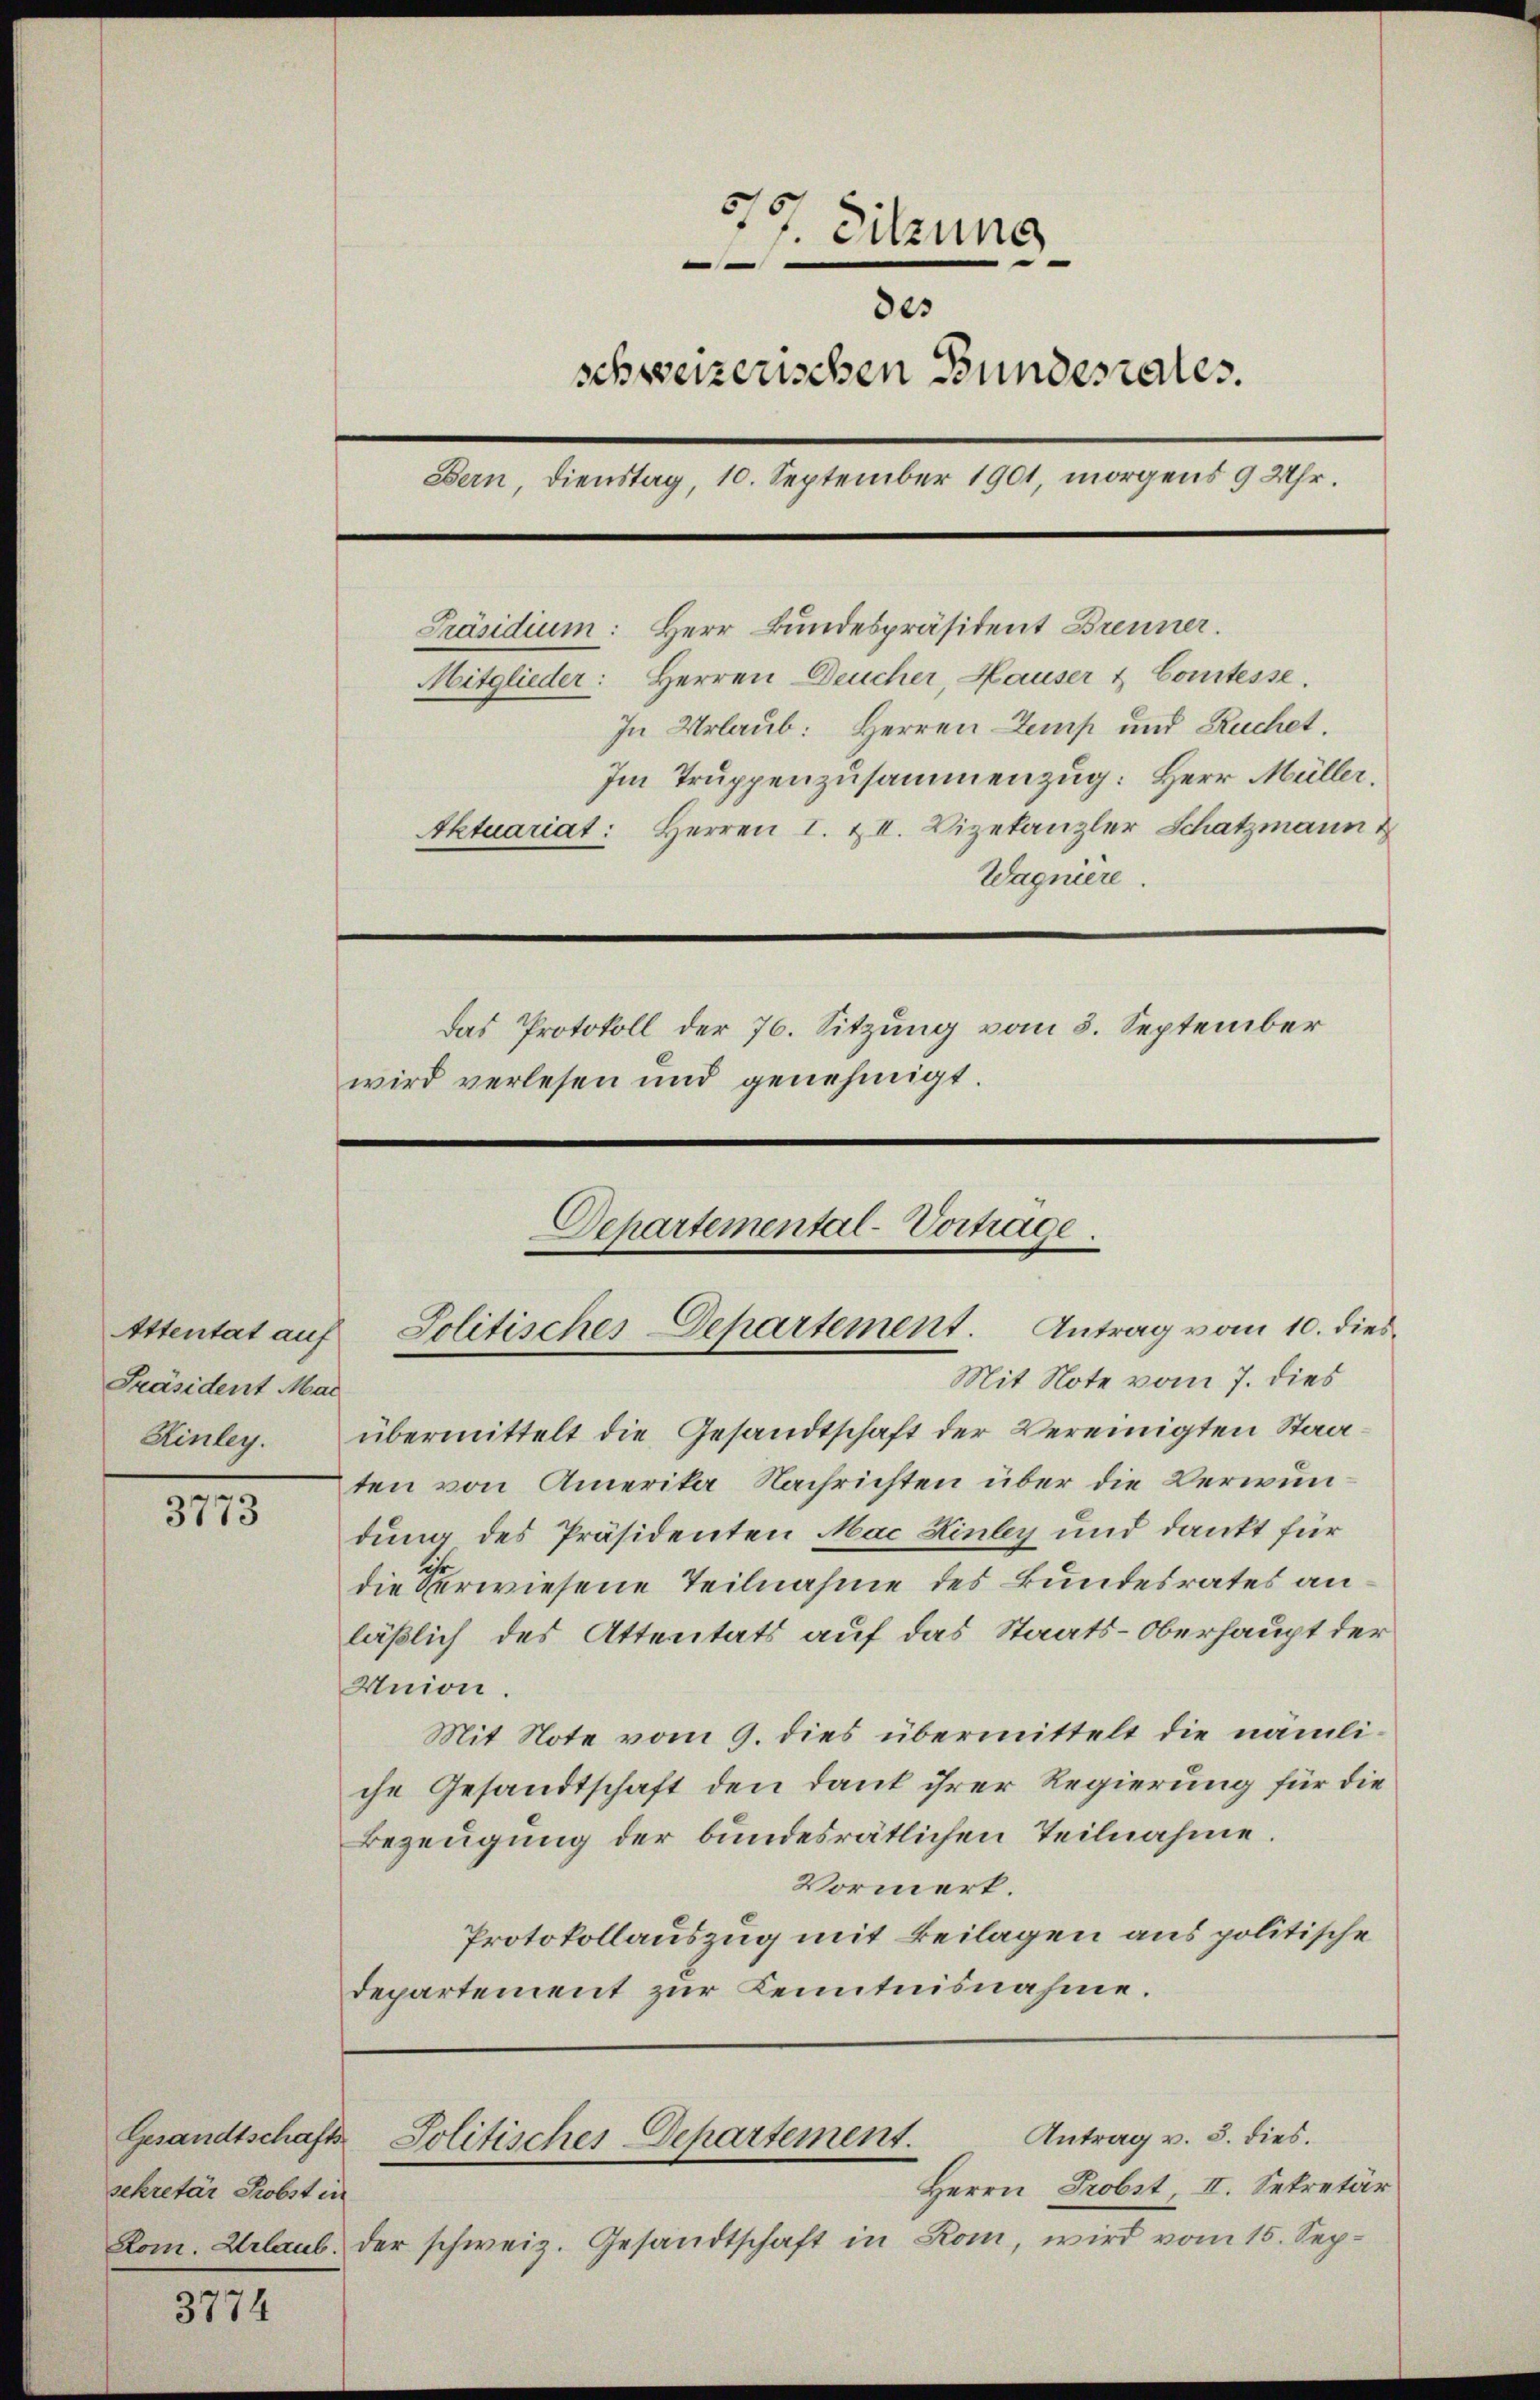
Attentat auf
Präsident Mar
Hinley.

3773

Gesandtschafts
sekretär Probst in
Rom. Urlaub.

3774

77. Sitzung
.
des
schweizerischen Bundesrates.
Bern, Dienstag, 10. September 1901, morgens 9 Uhr.
Präsidium: Herr Bundespräsident Brenner.
Mitglieder: Herren Deucher, Hauser & Comtesse.
In Urlaub: Herren Zemp und Ruchet.
Im Truppenzusammenzug: Herr Müller.
Aktuariat: Herren I. & II. Vizekanzler Schatzmann
Wagniere.
Das Protokoll der 76. Sitzung vom 5. September
wird verlesen und genehmigt.
Departemental-Vortrage.

übermittelt die Gesandtschaft der Vereinigten Staaten von Amerika Nachrichten über die Verwundung des Präsidenten Mac Hinbey und dankt für
die Verwiesene Teilnahme des Bundesrates anläßlich des Attentats auf das Staats-Oberhaupt der
Union.
Mit Note vom 9. dies übermittelt die nämliche Gesandtschaft den Dank ihrer Regierung für die
Bezeugung der bundesrätlichen Teilnahme.
Vormerk.
Protokollauszug mit Beilagen aus politische
Departement zur Kenntnisnahme.

Solitisches Departement. Antrag vom 10. dies¬
Mit Note vom 7. dies

Herrn Probst, II. Sekretär
der schweiz. Gesandtschaft in Rom, wird vom 15. Sep¬

Antrag v. 5. dies.
Solitisches-Departement.